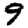
Digit: 9